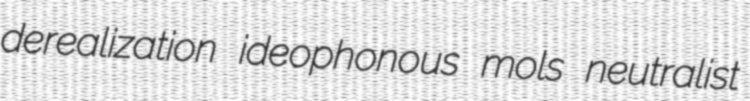
derealization ideophonous mols neutralist